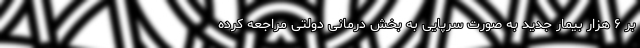
بر ۶ هزار بیمار جدید به صورت سرپایی به بخش درمانی دولتی مراجعه کرده